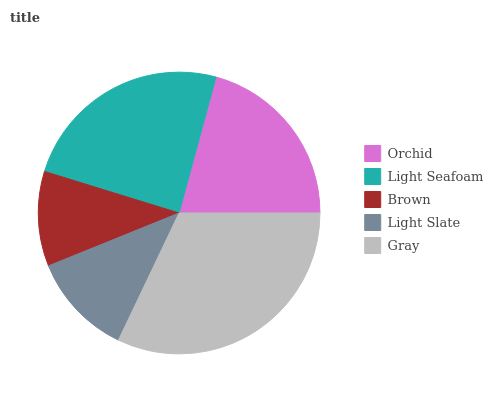
| Orchid | Light Seafoam | Brown | Light Slate | Gray |
 | --- | --- | --- | --- | --- |
 | 20.8% | 24.5% | 10.9% | 11.8% | 32.1% |